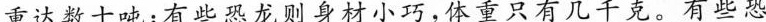
重达数十吨；有些恐龙则身材小巧，体重只有几千克。有些恐